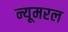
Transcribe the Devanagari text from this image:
न्यूमरल